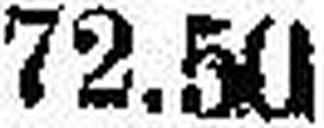
72.50